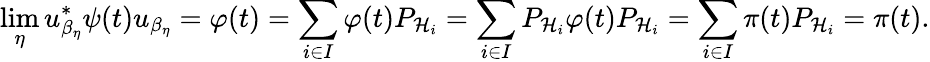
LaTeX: \operatorname*{lim}_{\eta}u_{\beta_{\eta}}^{*}\psi(t)u_{\beta_{\eta}}=\varphi(t)=\sum_{i\in I}\varphi(t)P_{{\mathcal{H}}_{i}}=\sum_{i\in I}P_{{\mathcal{H}}_{i}}\varphi(t)P_{{\mathcal{H}}_{i}}=\sum_{i\in I}\pi(t)P_{{\mathcal{H}}_{i}}=\pi(t).